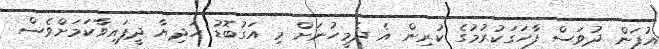
އުފަން ދުވަސް ފާހަގަކުރުމުގެ ކުރިން އެ ދެމީހުނަށް މި އަގުބޮޑު ހަދިޔާ ދީފައިވާކަމަށްވެސް